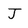
Character: J